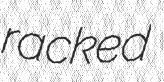
racked